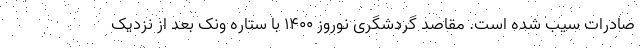
صادرات سیب شده است. مقاصد گردشگری نوروز 1400 با ستاره ونک بعد از نزدیک